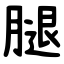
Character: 腿